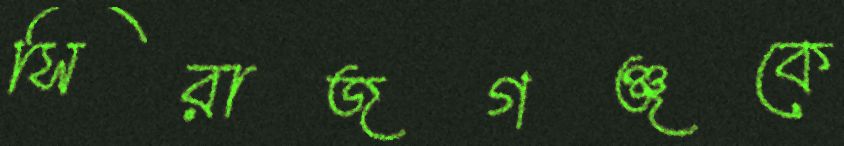
সিরাজগঞ্জকে